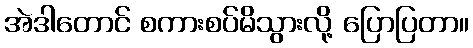
အဲဒါတောင် စကားစပ်မိသွားလို့ ပြောပြတာ။